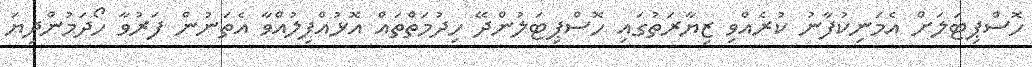
ހޮސްޕިޓަލަށް އެމަނިކުފާނު ކުރެއްވި ޒިޔާރަތުގައި ހޮސްޕިޓަލުންދޭ ހިދުމަތްތައް އޮޅުއްފިލުއްވާ އެތަނުން ފަރުވާ ހޯދަމުންދިޔަ